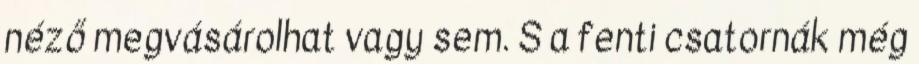
néző megvásárolhat vagy sem. S a fenti csatornák még